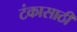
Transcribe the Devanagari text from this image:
टंकासाठी